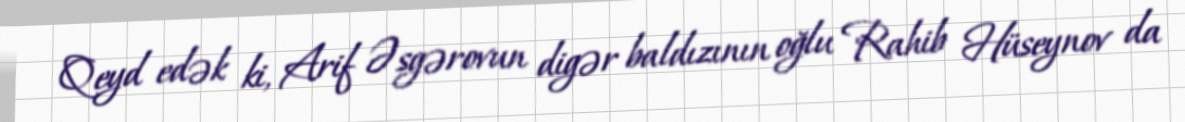
Qeyd edək ki, Arif Əsgərovun digər baldızının oğlu Rahib Hüseynov da